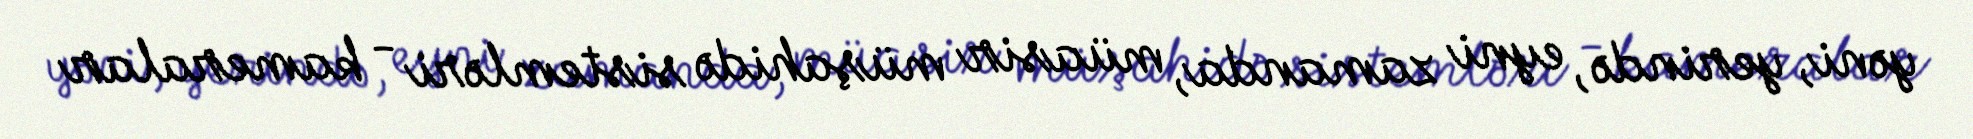
yəni, yerində, eyni zamanda, müasir müşahidə sistemləri - kameralar